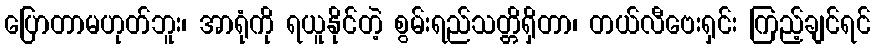
ပြောတာမဟုတ်ဘူး၊ အာရုံကို ရယူနိုင်တဲ့ စွမ်းရည်သတ္တိရှိတာ၊ တယ်လီဗေးရှင်း ကြည့်ချင်ရင်